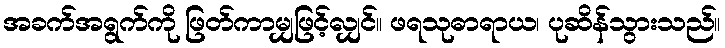
အခက်အရွက်ကို ဖြတ်ကာမျှဖြင့်လျှင်။ ဖရသုဓာရာယ၊ ပုဆိန်သွားသည်။